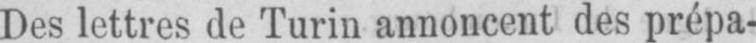
Des lettres de Turin annoncent des prépa-